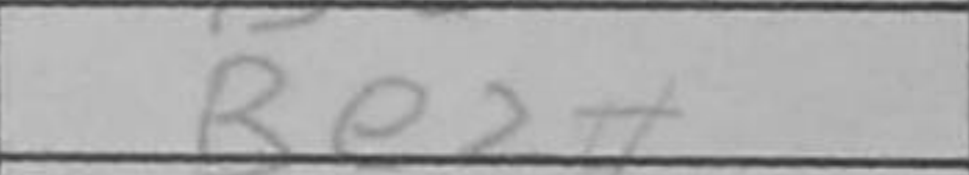
Transcription: Be2#